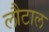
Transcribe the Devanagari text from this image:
लौटाल